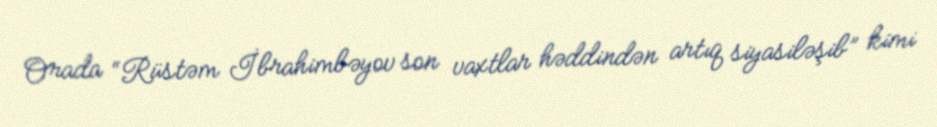
Orada “Rüstəm İbrahimbəyov son vaxtlar həddindən artıq siyasiləşib” kimi